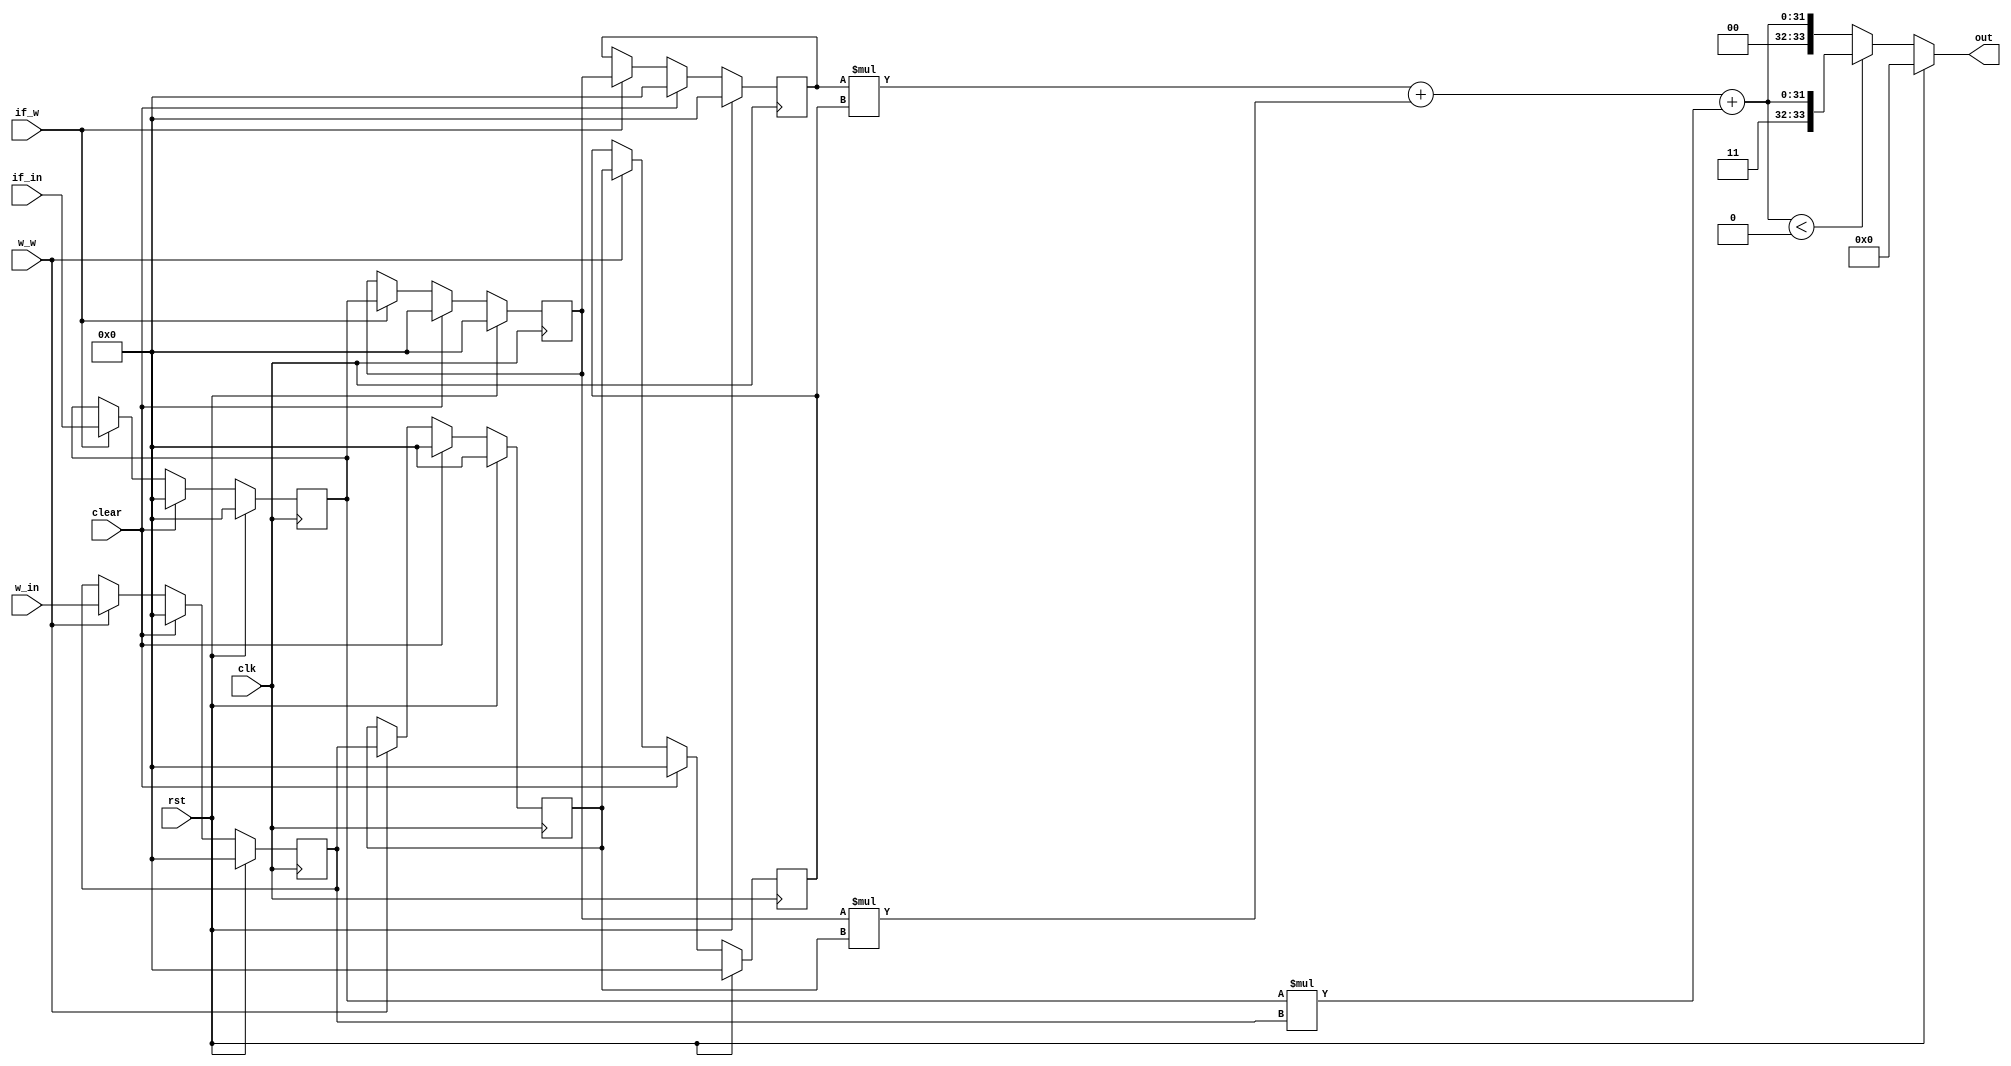



module mac(clk,rst,clear,w_w,w_in,if_w,if_in,out);
`define DATA_BIT 16
  // ---------------------- input  ---------------------- //
 input	clk;
 input	rst;
 input	clear;
 input	w_w;
 input	if_w;	
 input [`DATA_BIT-1:0] w_in;
 input [`DATA_BIT-1:0] if_in;
 // ---------------------- output  ---------------------- //
 output[`DATA_BIT*2+1:0]out;
 
 // -----------------------  reg  ----------------------- //
 reg signed [`DATA_BIT-1:0] weight [2:0];
 reg signed [`DATA_BIT-1:0] feature [2:0];
 reg signed [`DATA_BIT*2+1:0] out;
 reg signed [`DATA_BIT*2-1:0] tmp;
  integer i;
 // ---------------------- Write down Your design below  ---------------------- //
 always @(posedge clk)begin
   if(rst)begin
    for(i = 0; i < 3;i=i+1)begin
      weight[i] <= `DATA_BIT'b0;
      feature[i] <= `DATA_BIT'b0;
    end
   end
    else if(clear)begin
      for(i = 0; i < 3;i=i+1)begin
      weight[i] <= `DATA_BIT'b0;
      feature[i] <= `DATA_BIT'b0;
      end
    end
    else begin
       if(w_w) begin
      weight[2] <= weight[1];
      weight[1] <= weight[0];
      weight[0] <= w_in;
      end
    if(if_w) begin
      feature[2] <= feature[1];
      feature[1] <= feature[0];
      feature[0] <= if_in;
    end      
    end
 end
 always @(*)begin
   if(rst) begin
   tmp = 32'b0;
   out = 34'b0;
   end
   else begin
   tmp = feature[2]*weight[2]+feature[1]*weight[1]+feature[0]*weight[0];
   out = (tmp<0)?({2'b11,tmp}):({2'b0,tmp});
   end
 end
  
endmodule